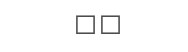
٣٨